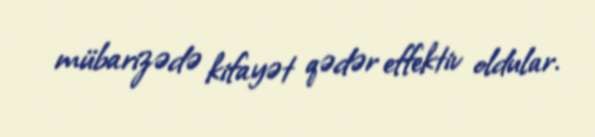
mübarizədə kifayət qədər effektiv oldular.